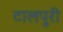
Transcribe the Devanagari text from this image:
टालपुरी